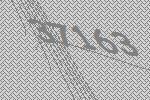
37163